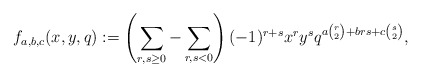
\begin{align*} f_{a,b,c}(x,y,q) : = \left(\sum_{r,s \geq 0} - \sum_{r,s < 0}\right) (-1)^{r+s} x^r y^s q^{a \binom{r}{2} + brs + c \binom{s}{2}},\end{align*}